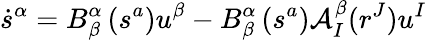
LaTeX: \dot{s}^{\alpha}=B_{\beta}^{\alpha}\left(s^{a}\right)u^{\beta}-B_{\beta}^{\alpha}\left(s^{a}\right)\mathcal{A}_{I}^{\beta}(r^{J})u^{I}